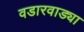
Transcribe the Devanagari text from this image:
वडारवाड्या